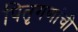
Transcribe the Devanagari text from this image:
पितृगणांची